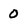
Character: 0